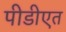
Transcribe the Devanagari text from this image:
पीडीएत